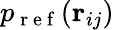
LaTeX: p_{\mathrm{~r~e~f~}}(\mathbf{r}_{ij})